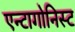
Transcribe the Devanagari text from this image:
एन्टागोनिस्ट